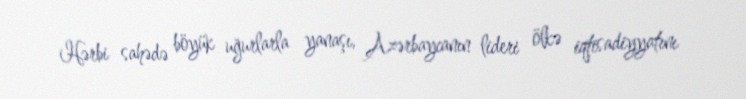
Hərbi sahədə böyük uğurlarla yanaşı, Azərbaycanın lideri ölkə iqtisadiyyatını